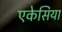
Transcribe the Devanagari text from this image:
एकेसिया